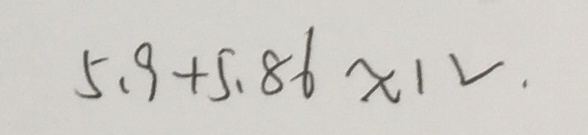
5 . 9 + 5 . 8 6 \approx 1 V .